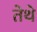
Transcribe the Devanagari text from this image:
तेेथे